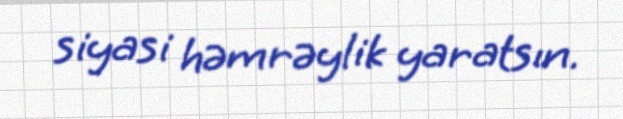
siyasi həmrəylik yaratsın.